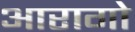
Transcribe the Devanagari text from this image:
आरागो